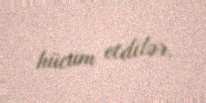
hücum etdilər.